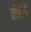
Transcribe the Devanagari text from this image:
लेहंगे